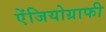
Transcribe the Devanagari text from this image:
ऐंजियोग्राफी